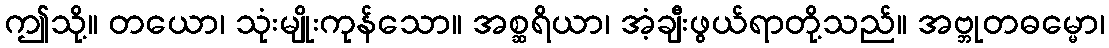
ဤသို့။ တယော၊ သုံးမျိုးကုန်သော။ အစ္ဆရိယာ၊ အံ့ချီးဖွယ်ရာတို့သည်။ အဗ္ဘုတဓမ္မော၊